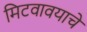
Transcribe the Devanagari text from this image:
मिटवावयाचें